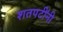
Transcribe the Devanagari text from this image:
शतपटींनी